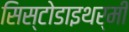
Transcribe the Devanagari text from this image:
सिस्टोडाइथर्मी